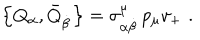
\left\{ Q _ { \alpha } , \bar { Q } _ { \dot { \beta } } \right\} = \sigma _ { \alpha \dot { \beta } } ^ { \mu } \, p _ { \mu } v _ { + } \, \, .